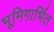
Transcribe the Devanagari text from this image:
भूमिगार्भित